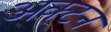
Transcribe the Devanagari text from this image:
अक्टन